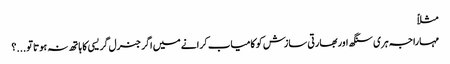
مثلاً
مہاراجہ ہری سنگھ اوربھارتی سازش کو کامیاب کرانے میں اگر جنرل گریسی کا ہاتھ نہ ہوتا تو ...؟